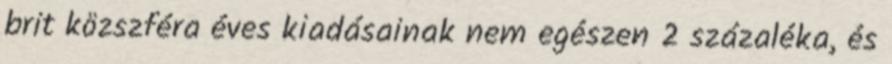
brit közszféra éves kiadásainak nem egészen 2 százaléka, és